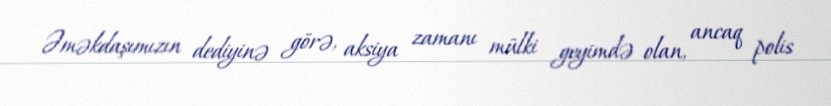
Əməkdaşımızın dediyinə görə, aksiya zamanı mülki geyimdə olan, ancaq polis